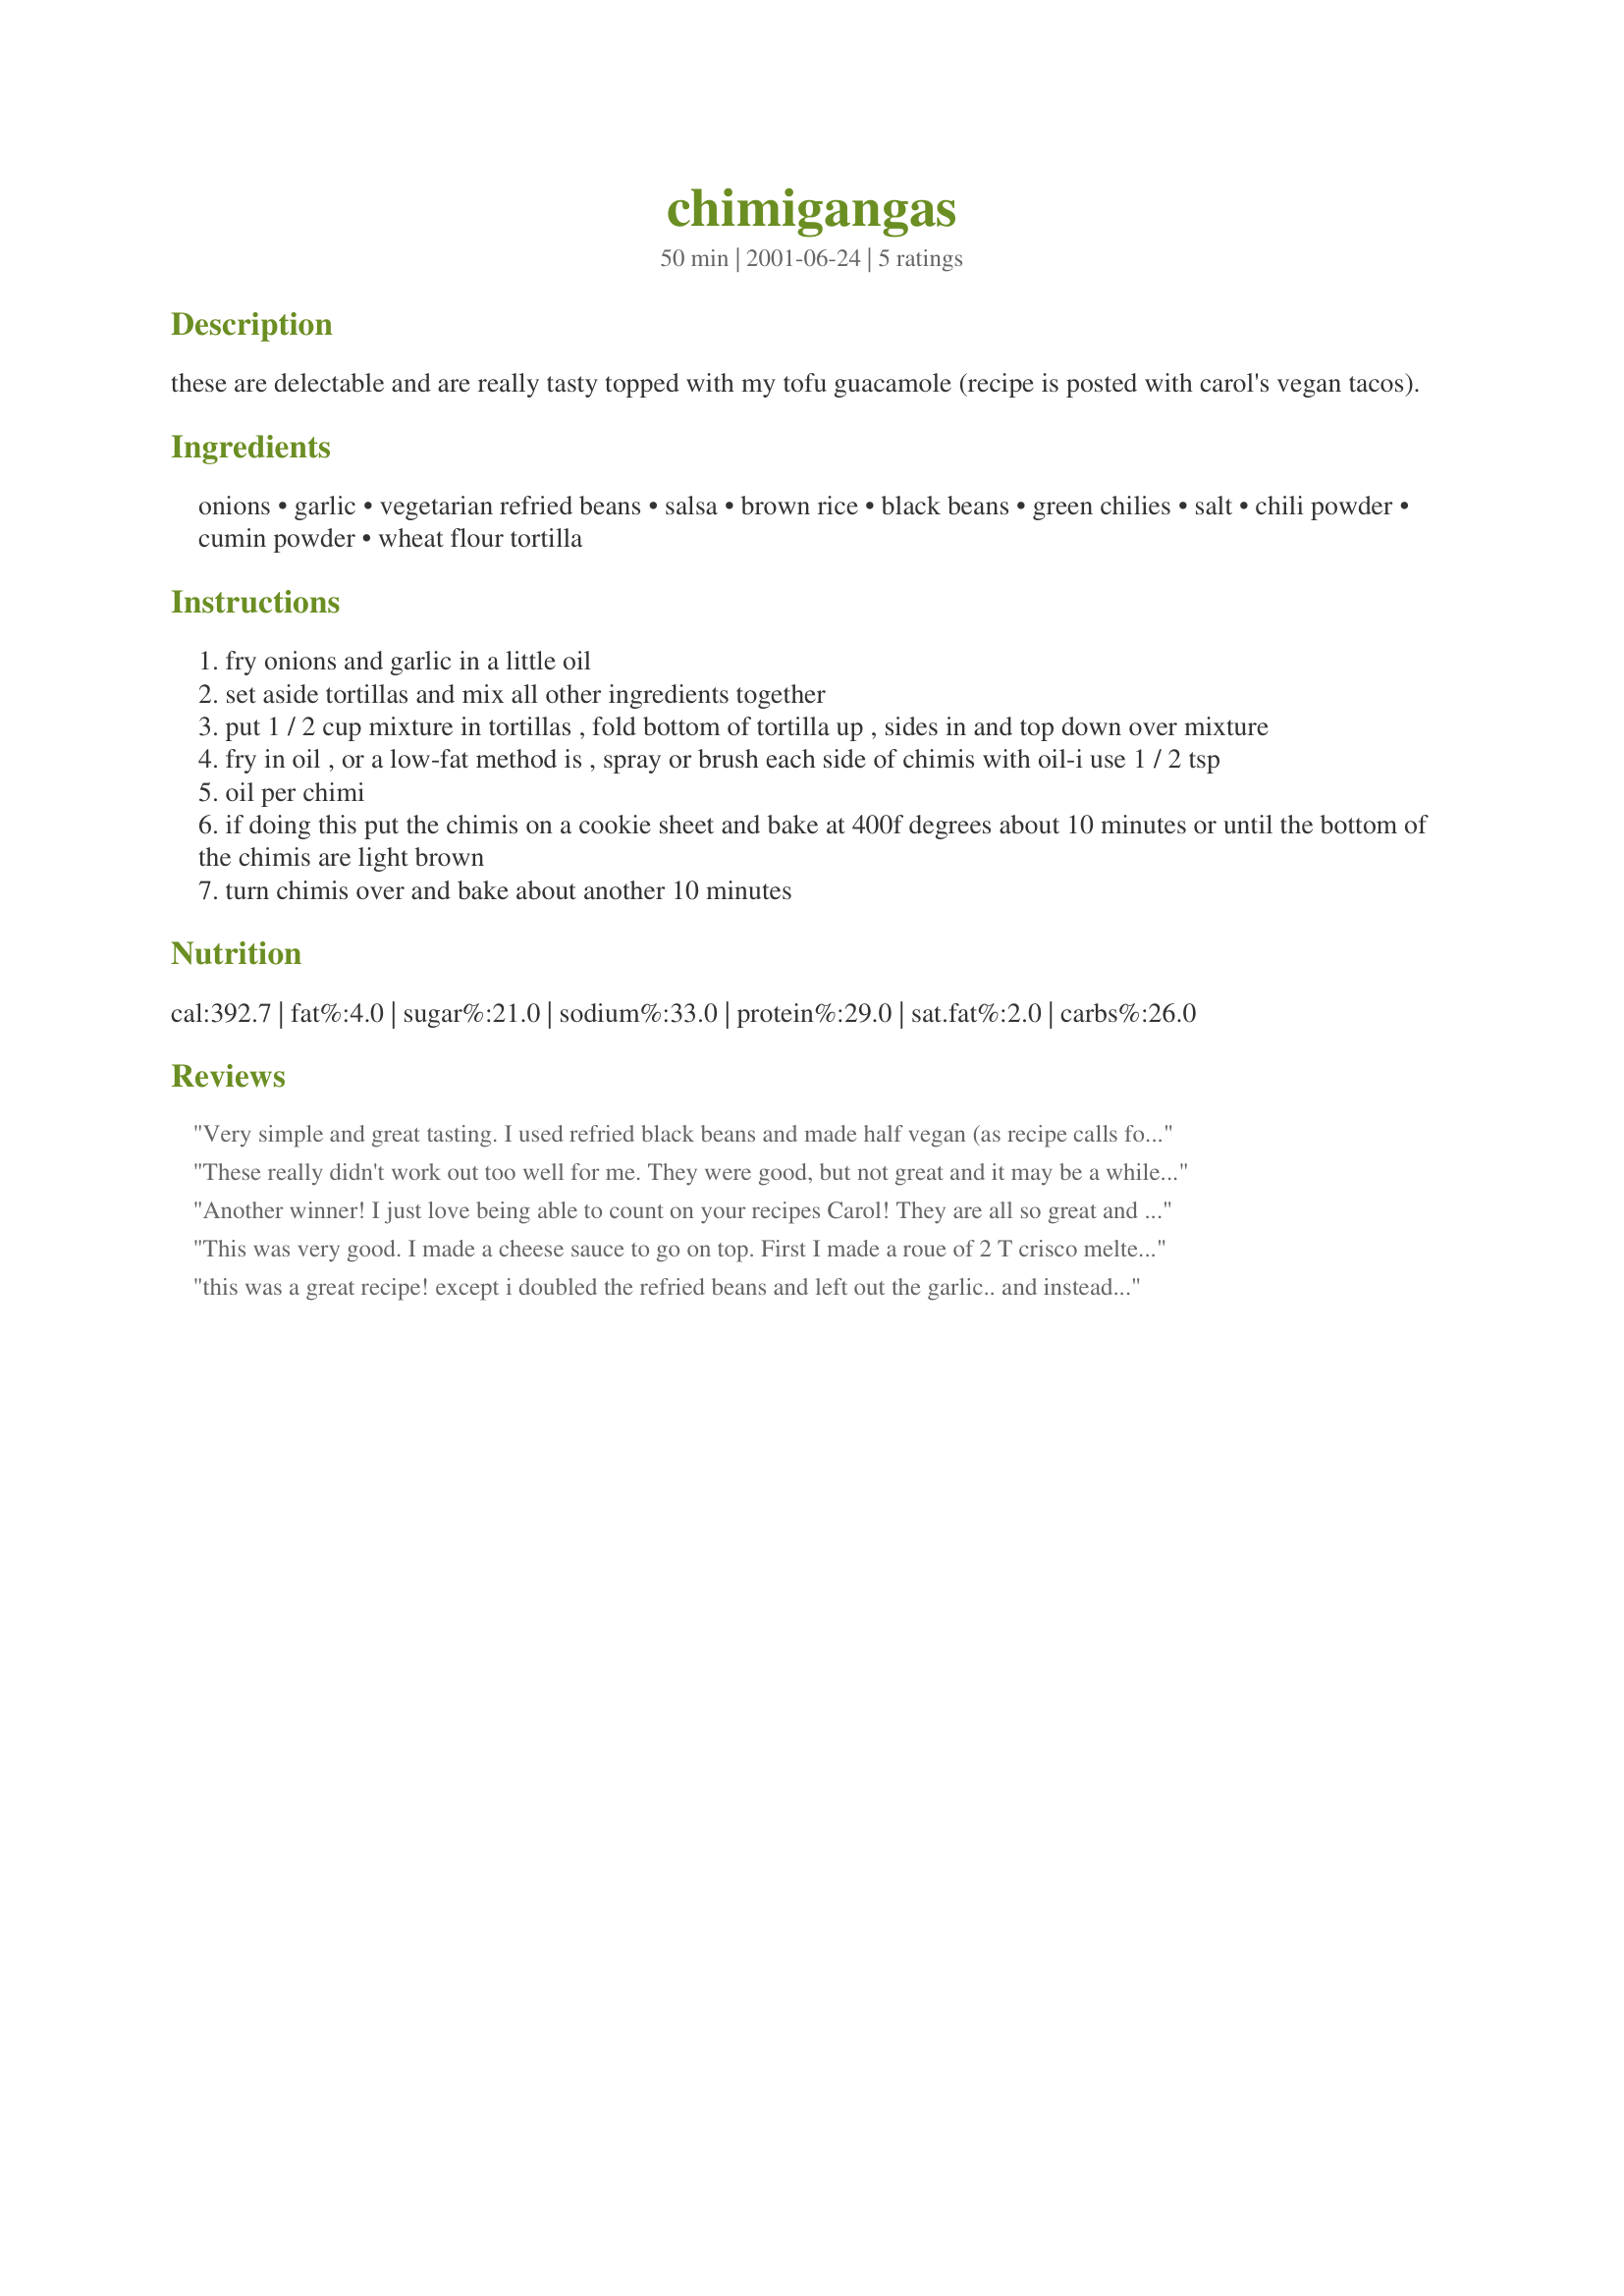
chimigangas
Preparation time: 50 minutes

these are delectable and are really tasty topped with my tofu guacamole (recipe is posted with carol's vegan tacos).

Ingredients:
onions, garlic, vegetarian refried beans, salsa, brown rice, black beans, green chilies, salt, chili powder, cumin powder, wheat flour tortilla

Steps:
fry onions and garlic in a little oil
set aside tortillas and mix all other ingredients together
put 1 / 2 cup mixture in tortillas , fold bottom of tortilla up , sides in and top down over mixture
fry in oil , or a low-fat method is , spray or brush each side of chimis with oil-i use 1 / 2 tsp
oil per chimi
if doing this put the chimis on a cookie sheet and bake at 400f degrees about 10 minutes or until the bottom of the chimis are light brown
turn chimis over and bake about another 10 minutes

Reviews:
Very simple and great tasting. I used refried black beans and made half vegan (as recipe calls for) and half with some shredded chihuahua white cheese. I sprayed olive oil on all sides and baked, as suggested, for 10 mins. each side.
These really didn't work out too well for me. They were good, but not great and it may be a while before I try them again.
Another winner! I just love being able to count on your recipes Carol! They are all so great and this was very easy. Of course zero calories right?
This was very good. I made a cheese sauce to go on top. First I made a roue of 2 T crisco melted in a pan then added about 1 T of flour stirred in real good so there were no lumps. I browned it slightly and added about 1-2 c. of milk. This I thickened and added some velveeta cheese about1/2 of a big log. Then I added about 1 c Rotel tomatoes. Stir until cheese is melted. Youn may add salt and pepper if you like. Add this on top of the chimichangas. Delicious. (these measurement are approx.) You could also put chili on top. I also added about 1 c. of cheddar cheese to my refried beans and some milk to make it creamy
this was a great recipe! except i doubled the refried beans and left out the garlic.. and instead of frying them.. i just baked them for about 25 minutes giving them a crispy shell.
